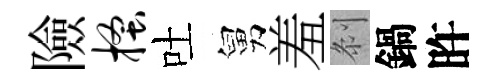
險搔吐舅羞𠛴鍋旿